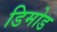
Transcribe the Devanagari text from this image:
डिमोड